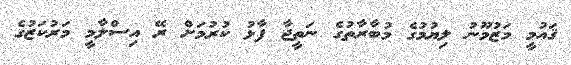
ޤައުމީ މަޒުމޫނު ލިޔުމުގެ މުބާރާތުގެ ނަތީޖާ ފާޅު ކުރުމަށް ރޭ އިސްލާމީ މަރުކަޒުގެ